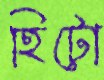
হিটো